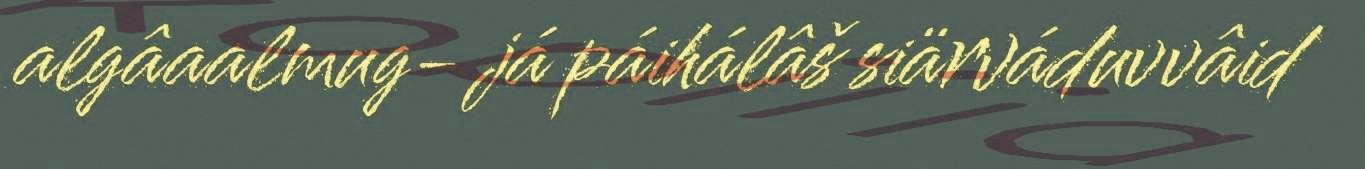
algâaalmug- já páihálâš siärváduvvâid